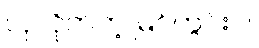
လှလိုက်တဲ့ မြင်ကွင်းပဲ။